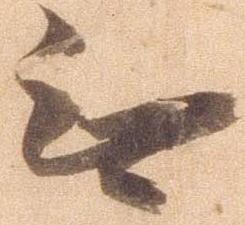
無